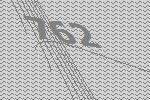
762